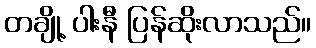
တချို့ ပါးနီ ပြန်ဆိုးလာသည်။